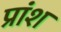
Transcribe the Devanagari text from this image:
प्रांश